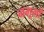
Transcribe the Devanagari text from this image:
नमूमों